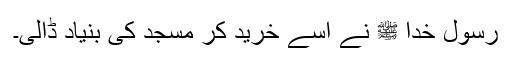
رسول خدا ﷺ نے اسے خرید کر مسجد کی بنیاد ڈالی۔